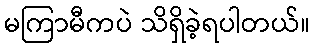
မကြာမီကပဲ သိရှိခဲ့ရပါတယ်။